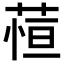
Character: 𬝖